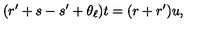
( r ^ { \prime } + s - s ^ { \prime } + \theta _ { \ell } ) t = ( r + r ^ { \prime } ) u ,